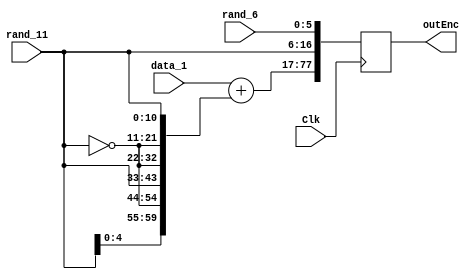
module encrypt_function_1 (Clk,data_1,outEnc,rand_11,rand_6);
    input Clk;
    input [59:0]data_1;
    input [10:0]rand_11;
    input [5:0]rand_6;
    output [77:0]outEnc;
    reg [77:0]outEnc;
    reg [59:0]b;
    reg [60:0]x;
    always @(posedge Clk) begin
        b[10:0]=rand_11;
        b[21:11]=~rand_11;
        b[32:22]=~rand_11;
        b[43:33]=rand_11;
        b[54:44]=~rand_11;
        b[59:55]=rand_11[4:0];
        x=data_1+b;
        outEnc[77:17]=x;
        outEnc[16:6]=rand_11;
        outEnc[5:0]=rand_6;
    end
endmodule